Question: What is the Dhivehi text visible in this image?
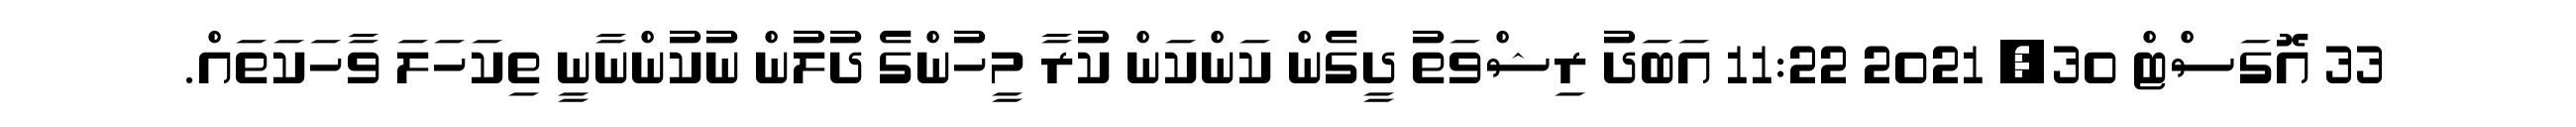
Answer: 33 އޮގަސްޓް 30, 2021 11:22 އަބަދު ރިޝްވަތު ދީގެން ކަންކަން ކުރާ މީހުންގެ ދުލުން ނުކުންނާނީ ތިކަހަލަ ވާހަކަތައް.